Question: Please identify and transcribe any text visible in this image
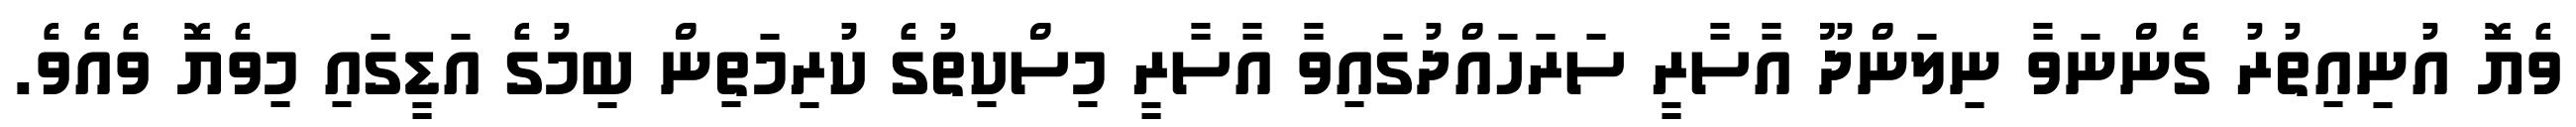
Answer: ވެޔޮ އުނިއިތުރު ގެންނަވާ ނިލަންދޫ އާސާރީ ސަރަހައްދުގައިވާ އާސާރީ މިސްކިތުގެ ކުރިމަތިން ބިމުގެ އަޑީގައި މިވެޔޮ ވެއެވެ.